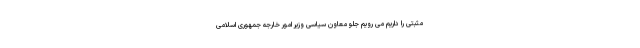
مثبتی را داریم می رویم جلو معاون سیاسی وزیر امور خارجه جمهوری اسلامی